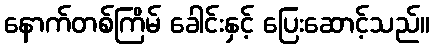
နောက်တစ်ကြိမ် ခေါင်းနှင့် ပြေးဆောင့်သည်။